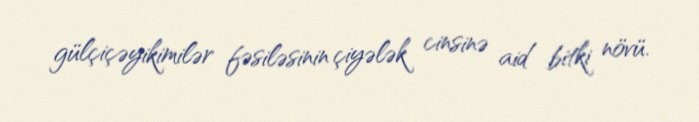
gülçiçəyikimilər fəsiləsinin çiyələk cinsinə aid bitki növü.